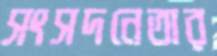
সংসদনেতার